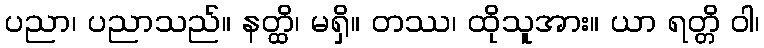
ပညာ၊ ပညာသည်။ နတ္ထိ၊ မရှိ။ တဿ၊ ထိုသူအား။ ယာ ရတ္တိ ဝါ၊